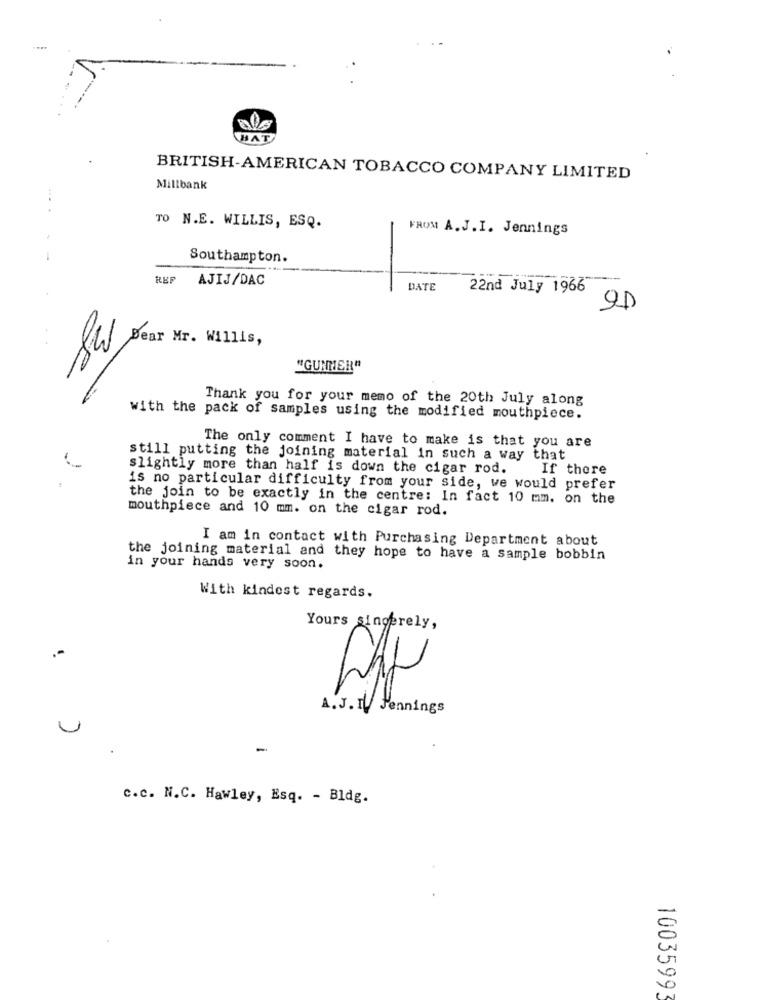
HAT
BRITISH-AMERICAN TOBACCO COMPANY LIMITED
Millbank
TO N.E. WILLIS, ESQ.
FROM A.J.I. Jennings
Southampton.
REF
AJIJ/DAC
DATE
22nd July 1966
Bear Mr. Willis,
Se
"GUNMER"
Thank you for your memo of the 20th July along
with the pack of samples using the modified mouthpiece.
The only comment I have to make is that you are
still putting the joining material in such a way that
slightly more than half is down the cigar rod.
If there
is no particular difficulty from your side, we would prefer
the join to be exactly in the centre: In fact 10 mm. on the
mouthpiece and 10 mm. on the cigar rod.
I am in contact with Purchasing Department about
the joining material and they hope to have a sample bobbin
in your hands very soon.
With kindest regards.
Yours singerely,
.-
A.J. I. Jennings
-
c.c. N.C. Hawley, Esq. - Bldg.
1003599.